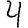
Digit: 4